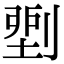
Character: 𠞐